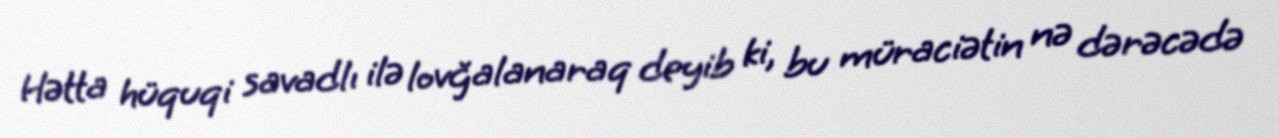
Hətta hüquqi savadlı ilə lovğalanaraq deyib ki, bu müraciətin nə dərəcədə